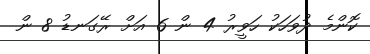
ކޮންމެ ދުވަހަކު ހަވީރު 4 ން 6 އަށް ރޭގަނޑު 8 ން